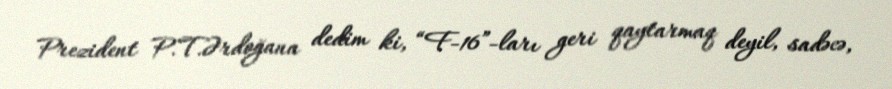
Prezident P.T.Ərdoğana dedim ki, “F-16”-ları geri qaytarmaq deyil, sadəcə,